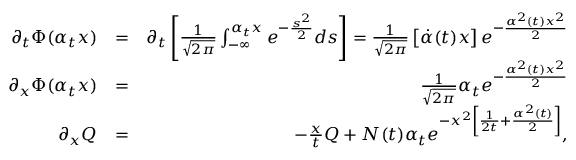
\begin{array} { r l r } { \partial _ { t } \Phi ( \alpha _ { t } x ) } & { = } & { \partial _ { t } \left[ \frac { 1 } { \sqrt { 2 \pi } } \int _ { - \infty } ^ { \alpha _ { t } x } e ^ { - \frac { s ^ { 2 } } { 2 } } d s \right] = \frac { 1 } { \sqrt { 2 \pi } } \left[ \dot { \alpha } ( t ) x \right] e ^ { - \frac { \alpha ^ { 2 } ( t ) x ^ { 2 } } { 2 } } } \\ { \partial _ { x } \Phi ( \alpha _ { t } x ) } & { = } & { \frac { 1 } { \sqrt { 2 \pi } } \alpha _ { t } e ^ { - \frac { \alpha ^ { 2 } ( t ) x ^ { 2 } } { 2 } } } \\ { \partial _ { x } Q } & { = } & { - \frac { x } { t } Q + N ( t ) \alpha _ { t } e ^ { - x ^ { 2 } \left[ \frac { 1 } { 2 t } + \frac { \alpha ^ { 2 } ( t ) } { 2 } \right] } , } \end{array}